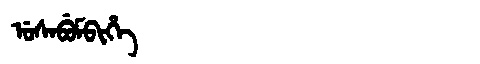
Manchu: ᡠᠰᠠᠪᡠᠮᠪᡳᡥᡝ
Romanization: USABUMBIHE